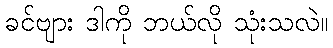
ခင်ဗျား ဒါကို ဘယ်လို သုံးသလဲ။